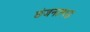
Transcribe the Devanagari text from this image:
छंजनतमद्ध